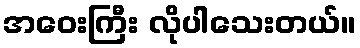
အဝေးကြီး လိုပါသေးတယ်။